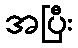
အပြီး